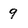
Character: 9